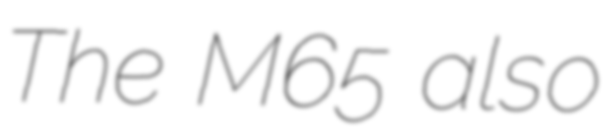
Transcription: The M65 also